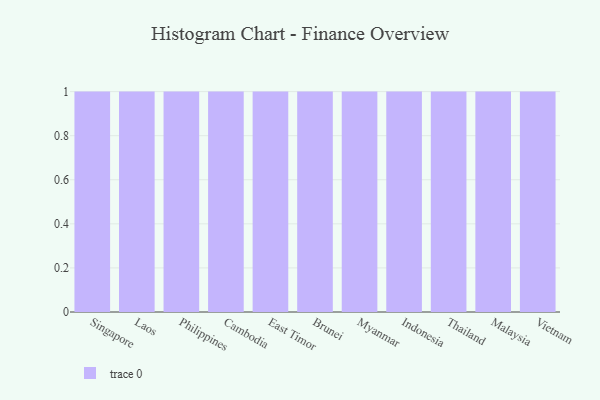
{"axis": {"x": "Country", "y": "Inventory Turnover"}, "legend": [""], "data": [{"x": "Singapore", "y": 43, "type": ""}, {"x": "Laos", "y": 5, "type": ""}, {"x": "Philippines", "y": 68, "type": ""}, {"x": "Cambodia", "y": 64, "type": ""}, {"x": "East Timor", "y": 10, "type": ""}, {"x": "Brunei", "y": 35, "type": ""}, {"x": "Myanmar", "y": 98, "type": ""}, {"x": "Indonesia", "y": 38, "type": ""}, {"x": "Thailand", "y": 62, "type": ""}, {"x": "Malaysia", "y": 79, "type": ""}, {"x": "Vietnam", "y": 18, "type": ""}]}